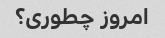
امروز چطوری؟